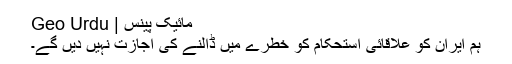
مائیک پینس | Geo Urdu
ہم ایران کو علاقائی استحکام کو خطرے میں ڈالنے کی اجازت نہیں دیں گے۔